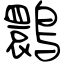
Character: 䴉